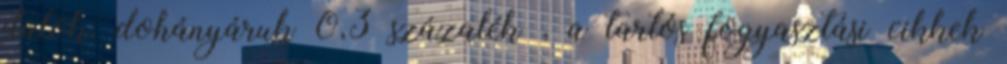
italok, dohányáruk 0,3 százalék , a tartós fogyasztási cikkek